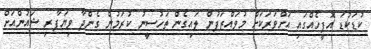
ކުޑަކުޑަ އޮފީހެއްގައި އަށްވަރަކަށް މުވައްޒަފުން ލައިގެން ތަހުސީނު ކުރަމުން ގެންދާ ވިޔަފާރި ޝައުންއަށް